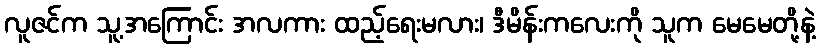
လူဇင်က သူ့အကြောင်း အလကား ထည့်ရေးမလား၊ ဒီမိန်းကလေးကို သူက မေမေတို့နဲ့